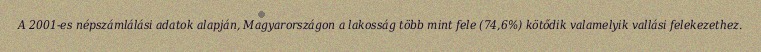
A 2001-es népszámlálási adatok alapján, Magyarországon a lakosság több mint fele (74,6%) kötődik valamelyik vallási felekezethez.